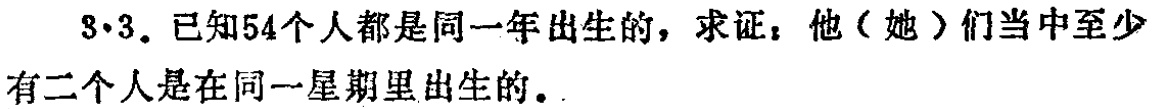
$3 \cdot 3$. 已知54个人都是同一年出生的，求证：他（她）们当中至少有二个人是在同一星期里出生的。